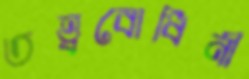
তত্ত্ববোধিনী